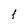
Character: t